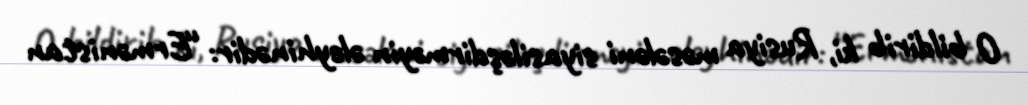
O bildirib ki, Rusiya məsələni siyasiləşdirməyin əleyhinədir: “Ermənistan